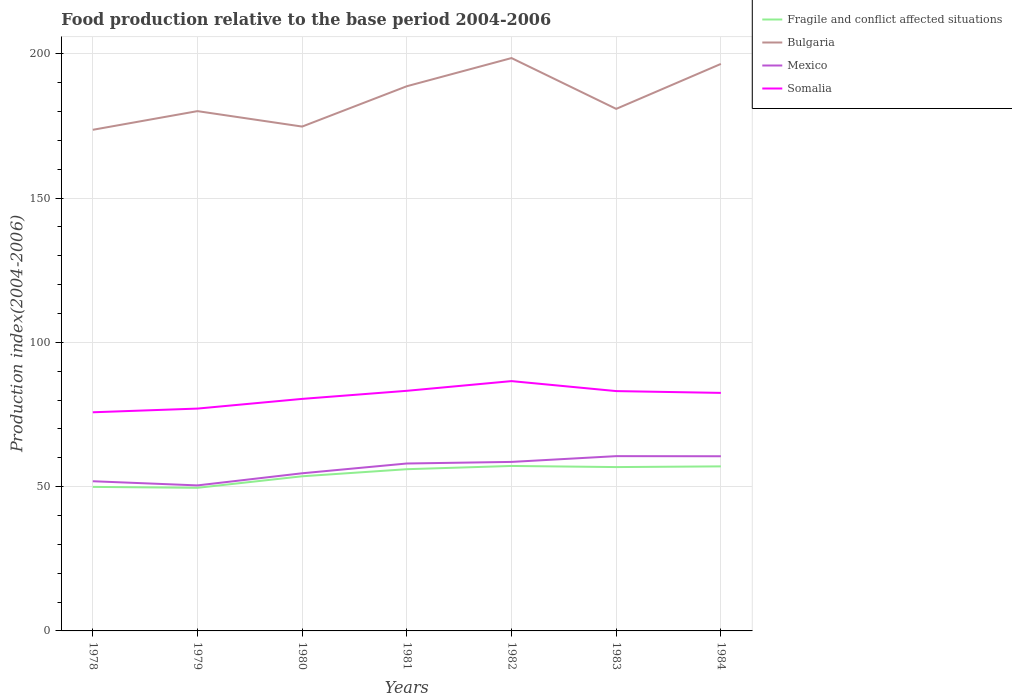
| Years | Fragile and conflict affected situations | Bulgaria | Mexico | Somalia |
 | --- | --- | --- | --- | --- |
 | 1978 | 49.9 | 174 | 51.9 | 75.8 |
 | 1979 | 49.6 | 180 | 50.4 | 77 |
 | 1980 | 53.6 | 175 | 54.6 | 80.4 |
 | 1981 | 56 | 189 | 58 | 83.2 |
 | 1982 | 57.2 | 199 | 58.6 | 86.6 |
 | 1983 | 56.8 | 181 | 60.6 | 83.1 |
 | 1984 | 57 | 196 | 60.5 | 82.5 |